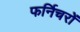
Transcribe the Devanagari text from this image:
फर्निचरों